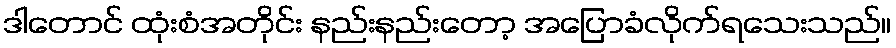
ဒါတောင် ထုံးစံအတိုင်း နည်းနည်းတော့ အပြောခံလိုက်ရသေးသည်။